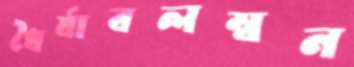
ধৈর্যাবলম্বন